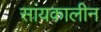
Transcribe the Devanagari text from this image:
सांयकालीन